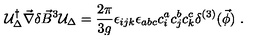
{ \cal U } _ { \Delta } ^ { \dagger } \vec { \nabla } \delta \vec { B } ^ { 3 } { \cal U } _ { \Delta } = \frac { 2 \pi } { 3 g } \epsilon _ { i j k } \epsilon _ { a b c } c _ { i } ^ { a } c _ { j } ^ { b } c _ { k } ^ { c } \delta ^ { ( 3 ) } ( \vec { \phi } ) \ .